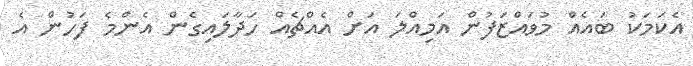
އެކަމަކު ބައެއް މުވައްޒަފުން އަމިއްލަ އަށް އެއްޗެއް ހަދާލައިގެން އެންމެ ފަހުން އެ